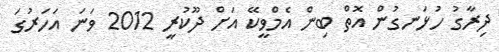
ދިރާގު ހުޅަނގުން އޮތް ބިން އެމްވީކޭ އަށް ދޫކުރީ 2012 ވަނަ އަހަރުގަ